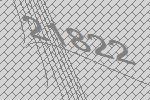
21822